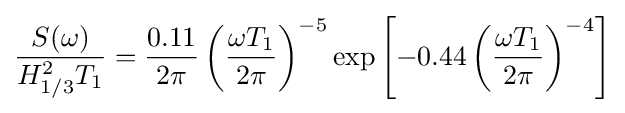
{\frac {S(\omega )}{H_{1/3}^{2}T_{1}}}={\frac {0.11}{2\pi }}\left({\frac {\omega T_{1}}{2\pi }}\right)^{-5}\mathrm {exp} \left[-0.44\left({\frac {\omega T_{1}}{2\pi }}\right)^{-4}\right]